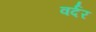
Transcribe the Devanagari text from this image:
वर्दर